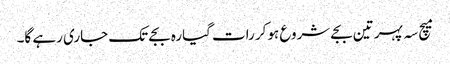
میچ سہ پہر تین بجے شروع ہوکر رات گیارہ بجے تک جاری رہے گا۔